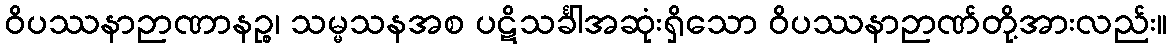
ဝိပဿနာဉာဏာနဉ္စ၊ သမ္မသနအစ ပဋိသင်္ခါအဆုံးရှိသော ဝိပဿနာဉာဏ်တို့အားလည်း။